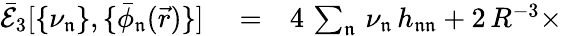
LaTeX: \begin{array}{rlr}{\mathcal{\bar{E}}_{3}[\{ \nu_{\mathfrak{n}}\} ,\{ \bar{\phi}_{\mathfrak{n}}(\vec{r})\} ]}&{{}=}&{4\, \sum_{\mathfrak{n}}\, \nu_{\mathfrak{n}}\, h_{\mathfrak{n}\mathfrak{n}}+2\, R^{-3}\times}\end{array}